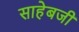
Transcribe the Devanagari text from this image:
साहेबजी